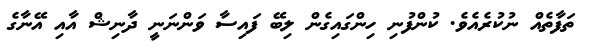
ތަފާތެއް ނުކުރެއެވެ. ކުންފުނި ހިންގައިގެން ލިބޭ ފައިސާ ވަންނަނީ ދާނިޝް އާއި އޭނާގެ